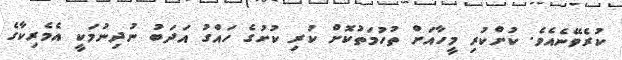
ކުރެވޭނެއެވެ. ކުށްކުރި މީހާއަށް ތުހުމަތުކޮށް ކުރި ކުށުގެ ހައްގު އަދަބު ނުދިނުމަކީ އެމެރިކާގެ